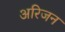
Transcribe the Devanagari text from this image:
अरिजन